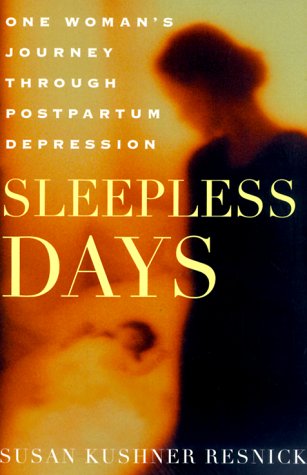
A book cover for Sleepless Days: One Woman's Journey Through Postpartum Depression; Susan Kushner Resnick; Health, Fitness & Dieting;